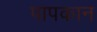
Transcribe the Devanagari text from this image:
पापकान